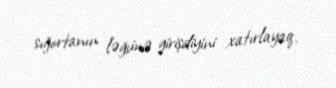
sığortanın ləğvinə girişdiyini xatırlayaq.